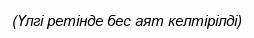
(Үлгі ретінде бес аят келтірілді)